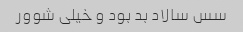
سس سالاد بد بود و خیلی شوور